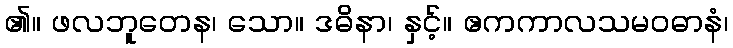
၏။ ဖလဘူတေန၊ သော။ ဒဓိနာ၊ နှင့်။ ဧကကာလသမဝဓာနံ၊